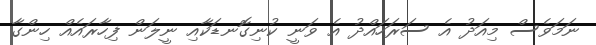
ނަމަވެސް މިއަދު އެ ސަރަހައްދު އެ ވަނީ ކުނިގޮނޑަކާއި ނީލަން ފިހާރައެއް ހިންގާ